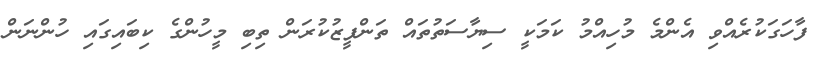
ފާހަގަކުރެއްވި އެންމެ މުހިއްމު ކަމަކީ ސިޔާސަތުތައް ތަންފީޒުކުރަން ތިބި މީހުންގެ ކިބައިގައި ހުންނަން